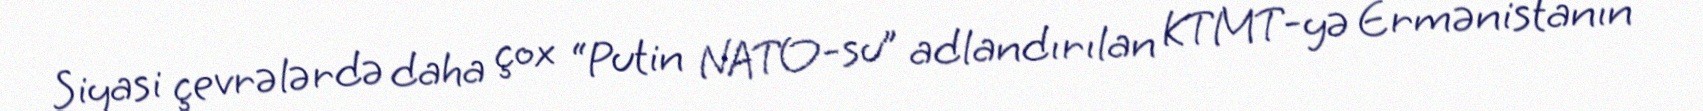
Siyasi çevrələrdə daha çox “Putin NATO-su” adlandırılan KTMT-yə Ermənistanın